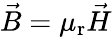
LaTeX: {\vec{B}}=\mu_{\mathrm{r}}{\vec{H}}